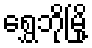
ရွှေဘိုမြို့